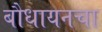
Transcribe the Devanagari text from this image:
बौधायनचा